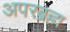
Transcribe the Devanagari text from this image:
अपरब्रह्म